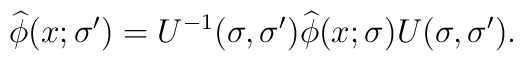
\widehat{ \phi } (x;\sigma ')=U^{-1}(\sigma ,\sigma ')\widehat{ \phi } (x;\sigma )U(\sigma ,\sigma ').